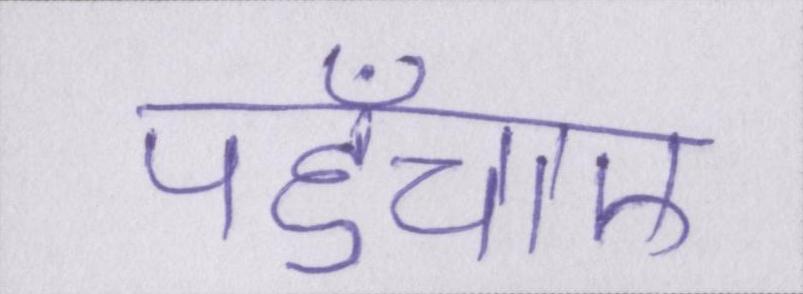
पहुँचाए